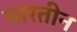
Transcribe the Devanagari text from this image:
मारतीन